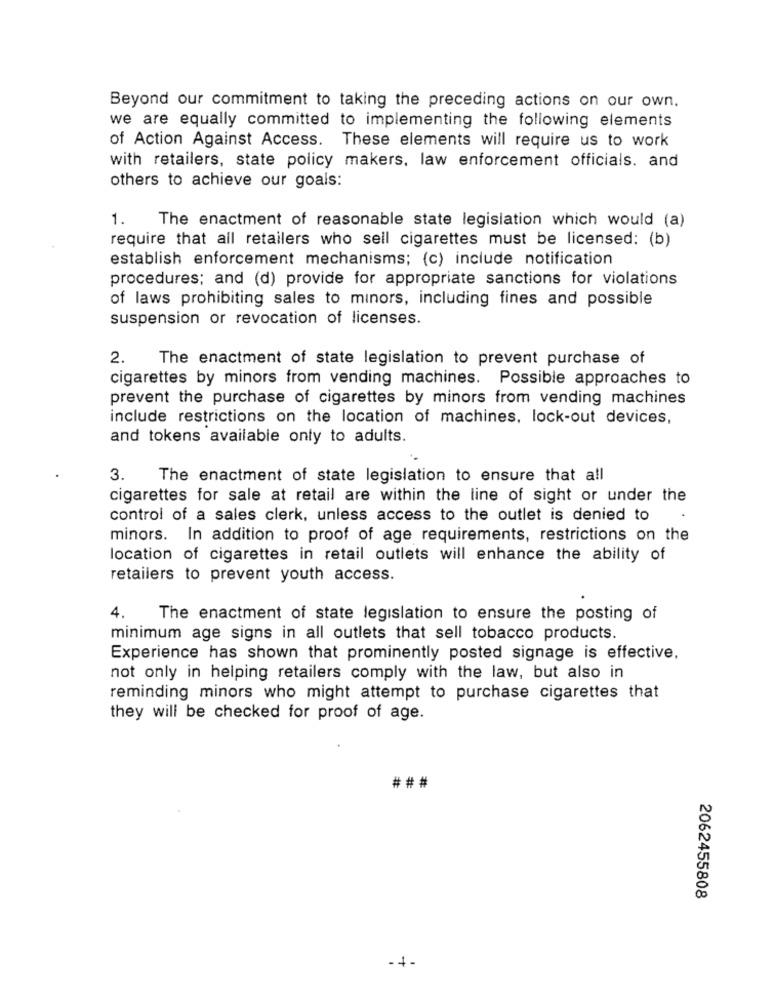
Beyond our commitment to taking the preceding actions on our own.
we are equally committed to implementing the following elements
of Action Against Access. These elements will require us to work
with retailers, state policy makers, law enforcement officials. and
others to achieve our goals:
1.
The enactment of reasonable state legislation which would (a)
require that all retailers who sell cigarettes must be licensed: (b)
establish enforcement mechanisms; (c) include notification
procedures; and (d) provide for appropriate sanctions for violations
of laws prohibiting sales to minors, including fines and possible
suspension or revocation of licenses.
2.
The enactment of state legislation to prevent purchase of
cigarettes by minors from vending machines. Possible approaches to
prevent the purchase of cigarettes by minors from vending machines
include restrictions on the location of machines, lock-out devices,
and tokens available only to adults.
3.
The enactment of state legislation to ensure that all
cigarettes for sale at retail are within the line of sight or under the
control of a sales clerk, unless access to the outlet is denied to
minors. In addition to proof of age requirements, restrictions on the
location of cigarettes in retail outlets will enhance the ability of
retailers to prevent youth access.
4.
The enactment of state legislation to ensure the posting of
minimum age signs in all outlets that sell tobacco products.
Experience has shown that prominently posted signage is effective,
not only in helping retailers comply with the law, but also in
reminding minors who might attempt to purchase cigarettes that
they will be checked for proof of age.
###
2062455808
-+-